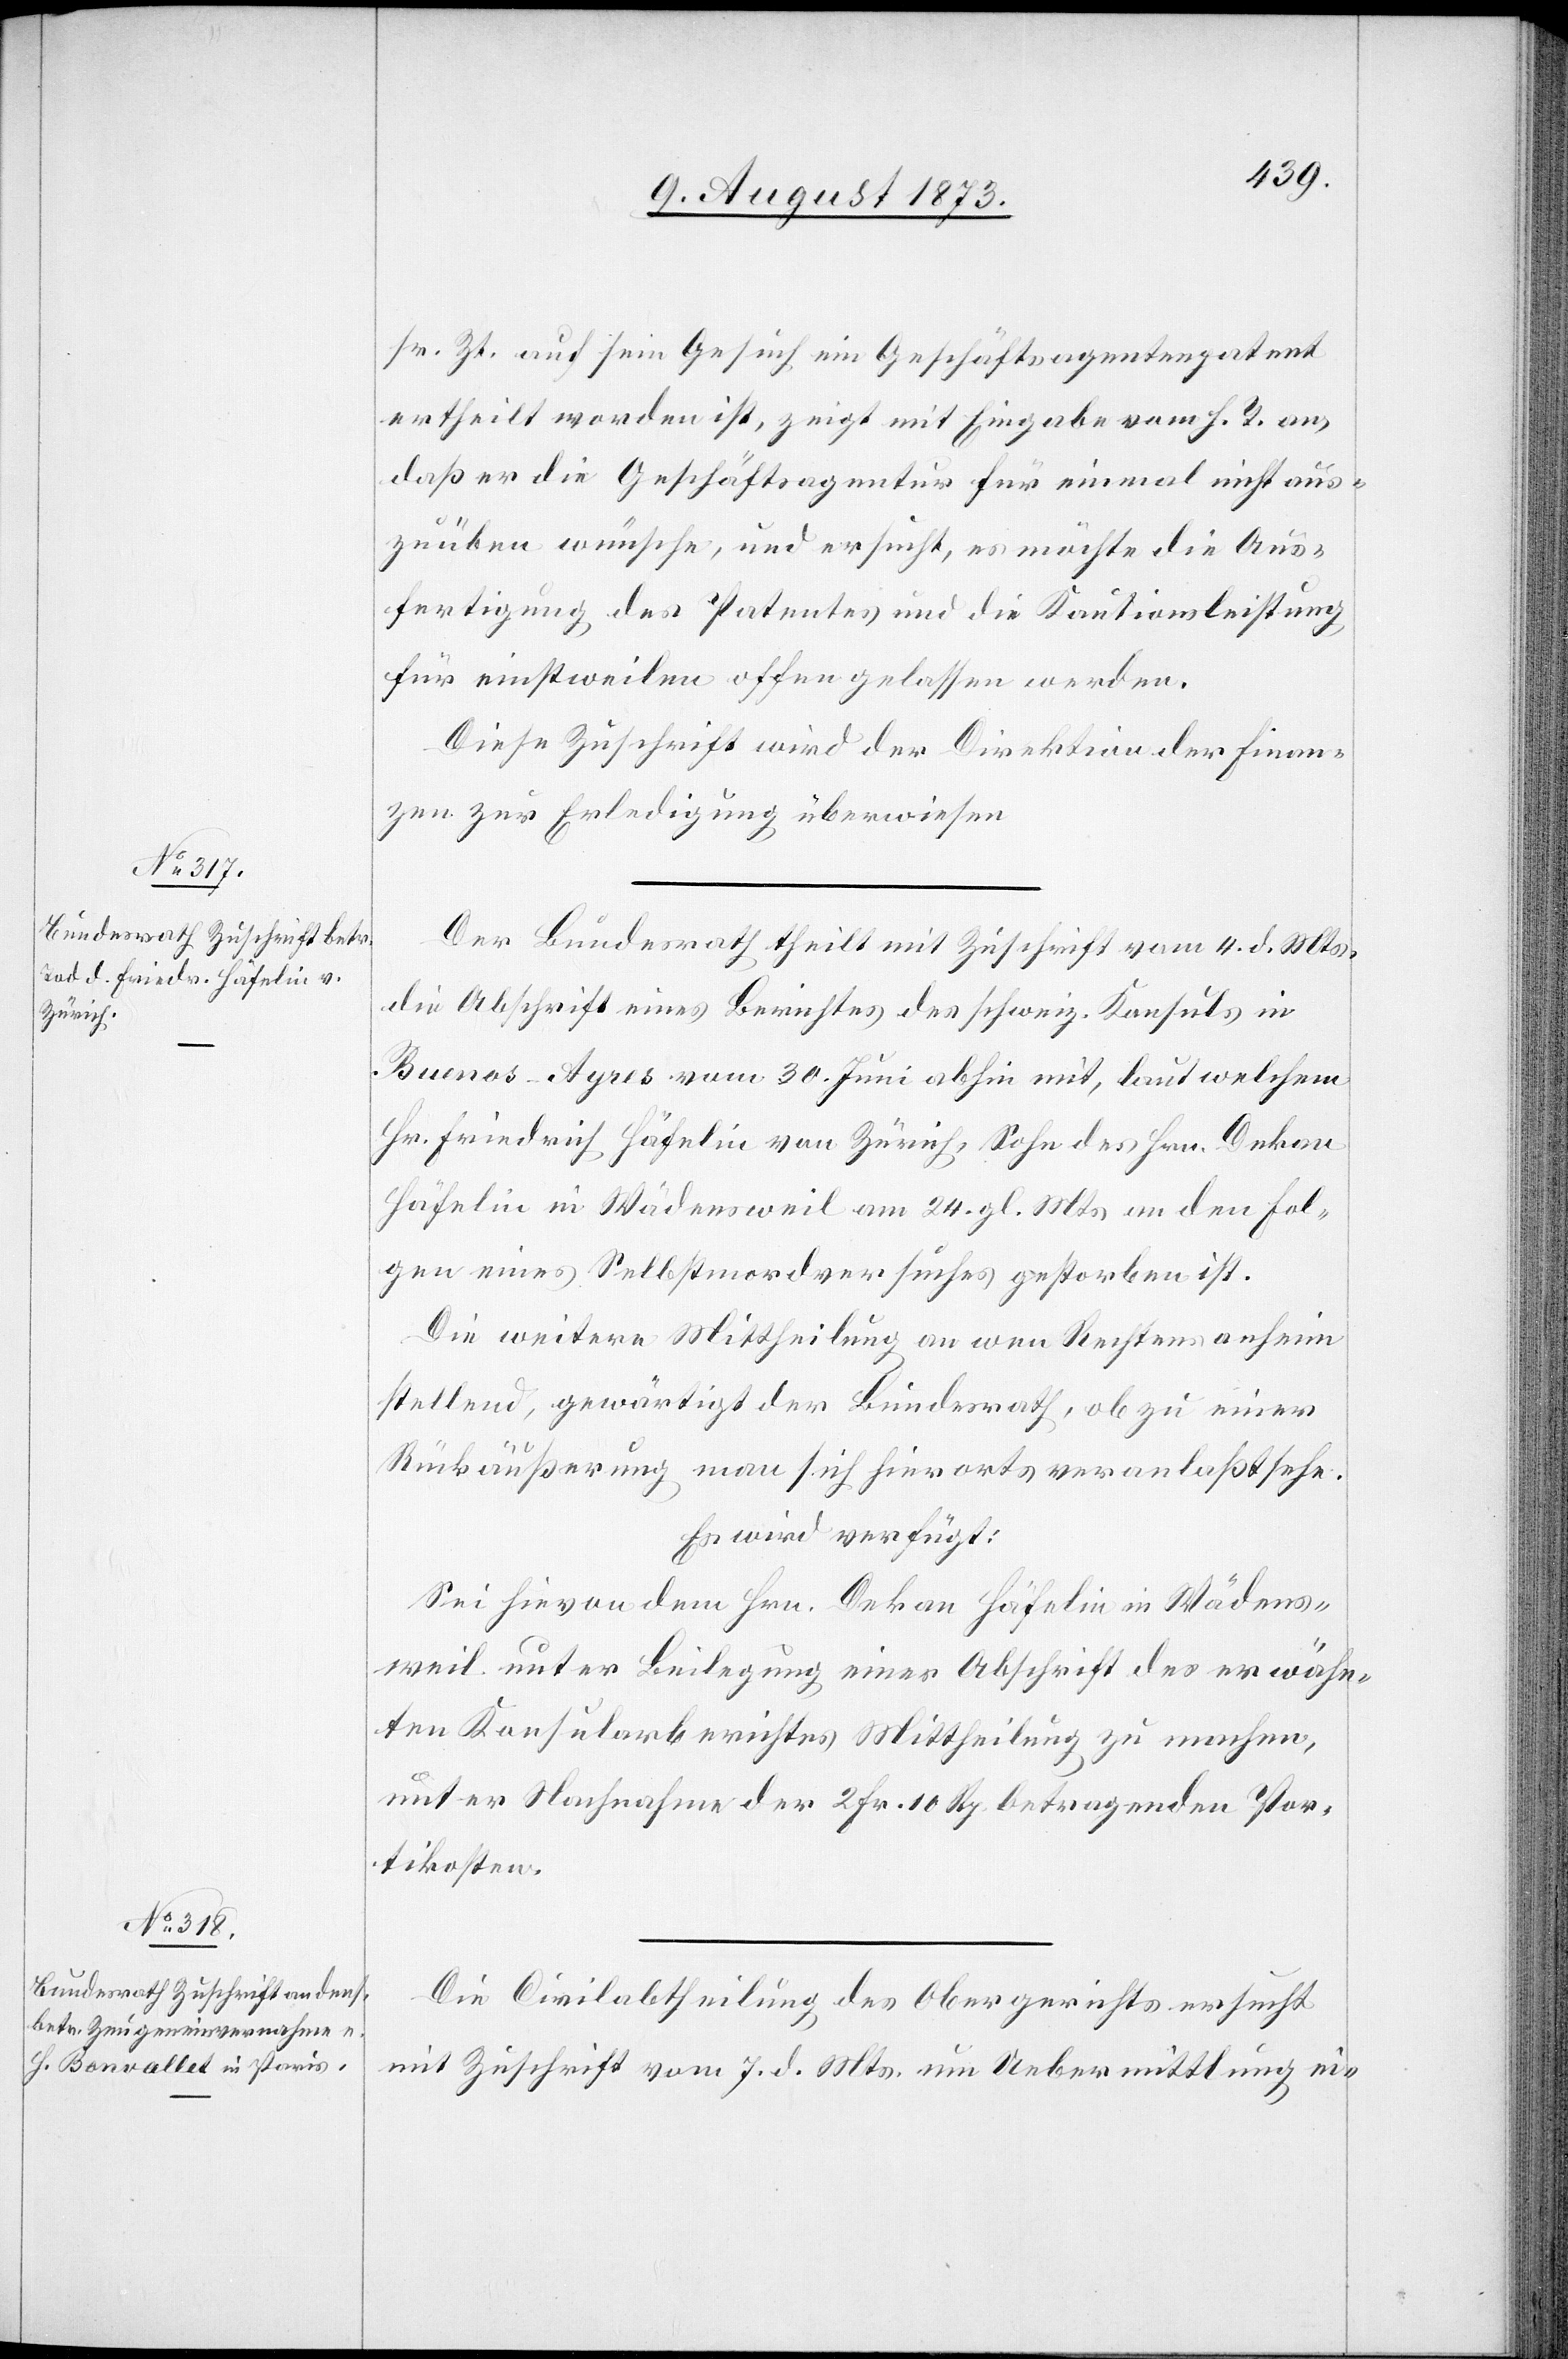
9. August 1873.]
sr. Zt. auf sein Gesuch ein Geschäftsagentenpatent
ertheilt worden ist, zeigt mit Eingabe vom h. T. an,
daß er die Geschäftsagentur für einmal nicht aus¬
zuüben wünsche, und ersucht, es möchte die Aus¬
fertigung des Patentes und die Kautionsleistung
für einstweilen offen gelassen werden.
Diese Zuschrift wird der Direktion der Finan¬
zen zur Erledigung überwiesen.
Der Bundesrath theilt mit Zuschrift vom 4. d. Mts.
die Abschrift eines Berichtes des schweiz. Konsuls in
Buenos-Ayres vom 30. Juni abhin mit, laut welchem
Hr. Friedrich Häfelin von Zürich, Sohn des Hrn. Dekan
Häfelin in Wädensweil am 24. gl. Mts. an den Fol¬
gen eines Selbstmordversuches gestorben ist.
Die weitere Mittheilung an wen Rechtens anheim
stellend, gewärtigt der Bundesrath, ob zu einer
Rückäußerung man sich hierorts veranlaßt sehe.
Es wird verfügt:
Sei hievon dem Hrn. Dekan Häfelin in Wädens¬
weil unter Beilegung einer Abschrift des erwähn¬
ten Konsularberichtes Mittheilung zu machen,
unter Nachnahme der 2 Fr. 10 Rp. betragenden Por¬
tikosten.
Die Civilabtheilung des Obergerichts ersucht
mit Zuschrift vom 7. d. Mts. um Uebermittlung ei-